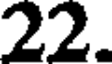
22.